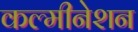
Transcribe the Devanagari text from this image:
कल्मीनेशन